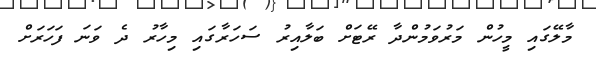
މާލޭގައި މީހުން މަރުވަމުންދާ ރޭޓަށް ބަލާއިރު ސަހަރާގައި މިހާރު ދެ ވަނަ ފަހަރަށް